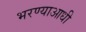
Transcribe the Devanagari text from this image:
भरण्याआधी